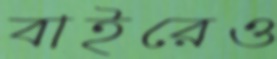
বাইরেও